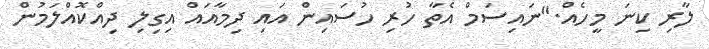
ލާރި ކިނަ މީހެއް."ނައިސަމް އެތާ ހުރި ހުސައިން އައި ދިމާއައް އިގިލި ދިއްކޮއްލަމުން